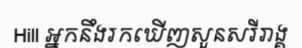
Hill អ្នកនឹងរកឃើញសួនសរីរាង្គ